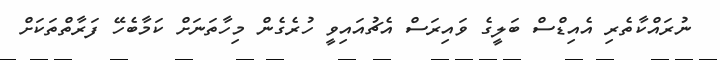
ނުރައްކާތެރި އެއިޑްސް ބަލީގެ ވައިރަސް އެޗުއައިވީ ހުރެގެން މިހާތަނަށް ކަމާބެހޭ ފަރާތްތަކަށް